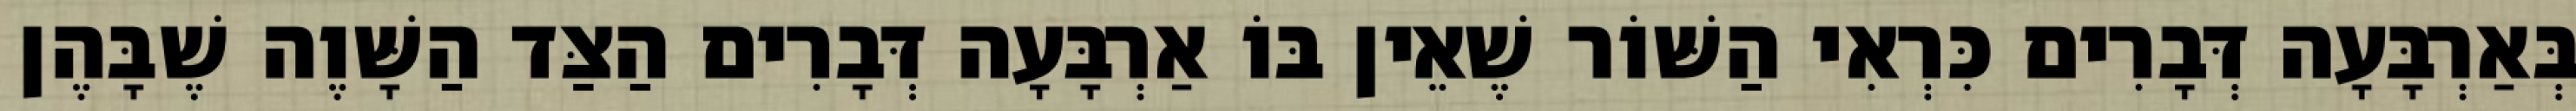
בְּאַרְבָּעָה דְּבָרִים כִּרְאִי הַשּׁוֹר שֶׁאֵין בּוֹ אַרְבָּעָה דְּבָרִים הַצַּד הַשָּׁוֶה שֶׁבָּהֶן